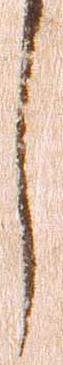
し